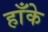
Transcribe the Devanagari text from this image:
हाँके